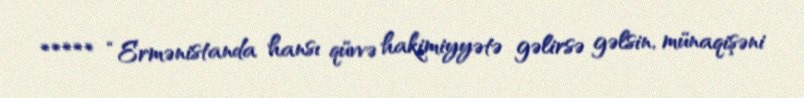
***** “Ermənistanda hansı qüvvə hakimiyyətə gəlirsə gəlsin, münaqişəni